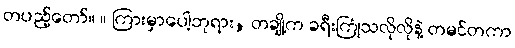
တပည့်တော်။ ။ ကြားမှာပေါ့ဘုရား, တချို့က ခရီးကြုံသလိုလိုနဲ့ တမင်တကာ